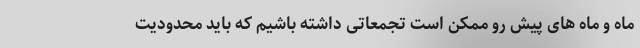
ماه و ماه های پیش رو ممکن است تجمعاتی داشته باشیم که باید محدودیت